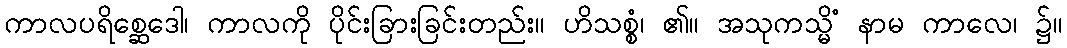
ကာလပရိစ္ဆေဒေါ၊ ကာလကို ပိုင်းခြားခြင်းတည်း။ ဟိသစ္စံ၊ ၏။ အသုကသ္မိံ နာမ ကာလေ၊ ၌။